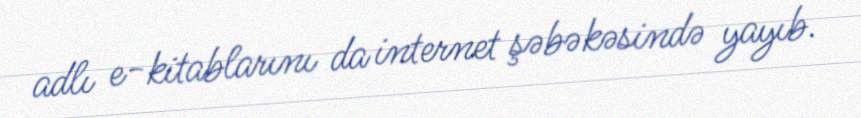
adlı e-kitablarını da internet şəbəkəsində yayıb.